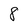
Character: 8